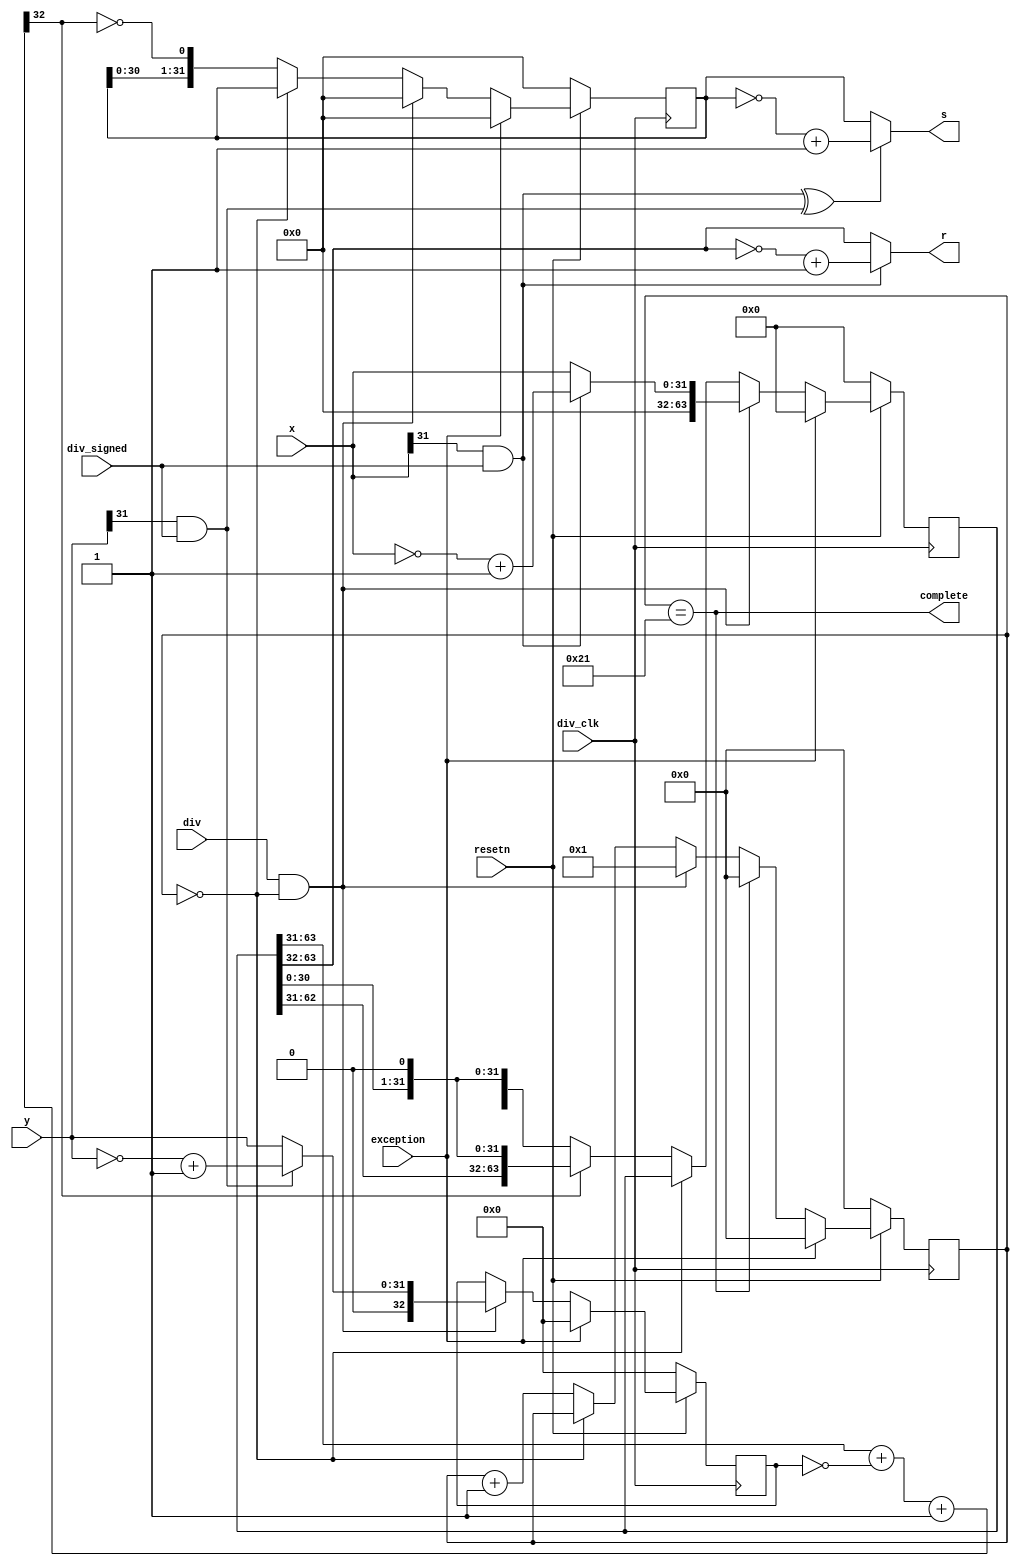
module div(
    input         div_clk,
    input         resetn,
    input         div,
    input         div_signed,
    input  [31:0] x,
    input  [31:0] y,
    output [31:0] s,
    output [31:0] r,
    output        complete,
    input         exception
    );

    reg [63:0] A;
    reg [32:0] B;
    reg [31:0] S;
    reg [5:0]  count;

    wire       start;

    wire       x_neg;
    wire       y_neg;
    wire       s_neg;
    wire       r_neg;

    wire [32:0] partial_sum;
    wire        partial_quotient;

    assign x_neg = x[31] & div_signed;
    assign y_neg = y[31] & div_signed;
    assign s_neg = x_neg ^ y_neg;
    assign r_neg = x_neg;

    assign start = (count == 0);
    assign complete = (count == 6'd33);

    always @(posedge div_clk) begin
        if (!resetn) begin
            count <= 0;
        end
        else if (exception)begin
            count <= 0;
        end
        else if (complete) begin
            count <= 0;
        end else if (div & start) begin
            count <= 1;
        end else if (~start) begin
            count <= count + 1;
        end
    end

    assign partial_sum      = A[63:31] + ~B[32:0] + 1;
    assign partial_quotient = ~partial_sum[32];

    always @(posedge div_clk) begin
        if (!resetn) begin
            B <= 0;
        end 
        else if (exception)begin
            B <= 0;
        end        
        else if(div & start) begin
            B <= y_neg ? {1'b0 , ~y + 1} : {1'b0 , y};
        end
    end

    always @(posedge div_clk) begin
        if (!resetn) begin
            A <= 0;
        end 
        else if (exception)begin
            A <= 0;
        end
        else if (div & start) begin
            A <= x_neg ? {32'b0, ~x + 1} : {32'b0, x};
        end else if (~start) begin
            A <= partial_quotient ? {partial_sum[31:0], A[30:0], 1'b0}:
                                    {A[62:0], 1'b0};
        end
    end

    always @(posedge div_clk) begin
        if (!resetn) begin
            S <= 0;
        end 
        else if (exception)begin
            S <= 0;
        end        
        else if (div & start) begin
            S <= 0;
        end else if (~start) begin
            S <= {S[30:0], partial_quotient};
        end
    end

    assign s = s_neg ? ~S + 1        : S;
    assign r = r_neg ? ~A[63:32] + 1 : A[63:32];

endmodule